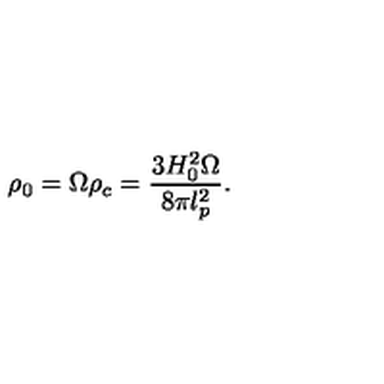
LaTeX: \rho _ { 0 } = \Omega \rho _ { c } = \frac { 3 H _ { 0 } ^ { 2 } \Omega } { 8 \pi l _ { p } ^ { 2 } } .